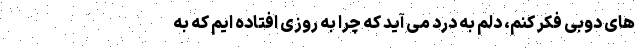
های دوبی فکر کنم، دلم به درد می آید که چرا به روزی افتاده ایم که به